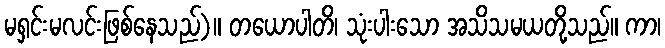
မရှင်းမလင်းဖြစ်နေသည်)။ တယောပါတိ၊ သုံးပါးသော အသိသမယတို့သည်။ ကာ၊